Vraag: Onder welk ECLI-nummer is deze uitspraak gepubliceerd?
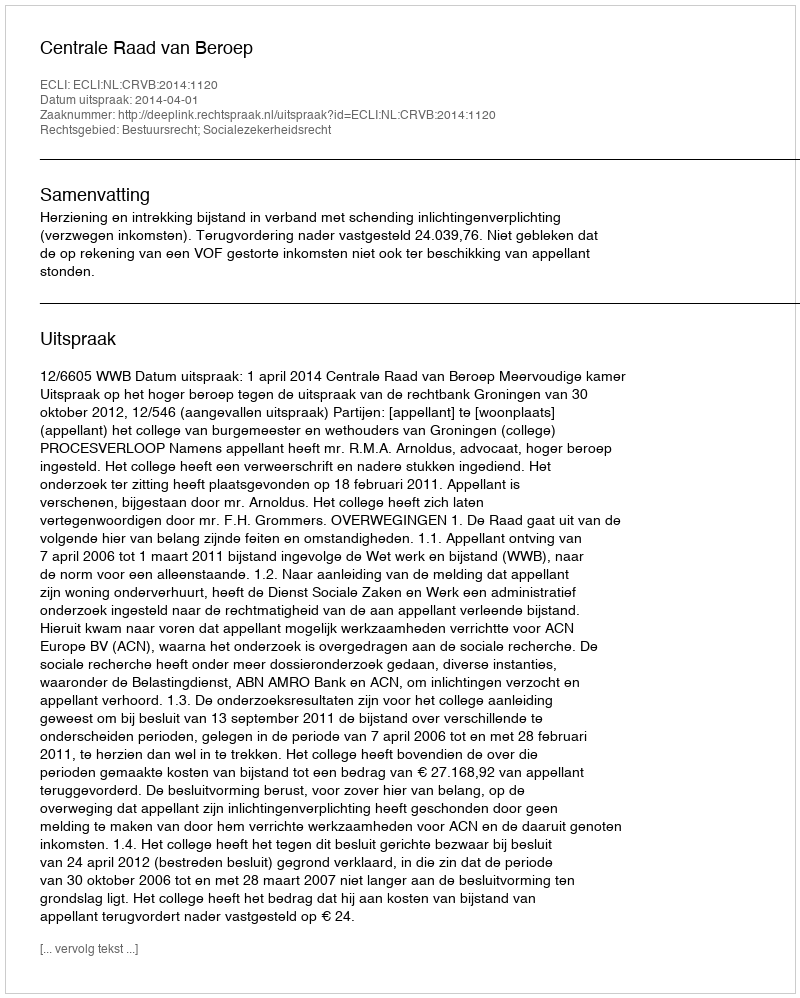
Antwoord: ECLI:NL:CRVB:2014:1120